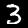
Label: 3